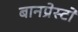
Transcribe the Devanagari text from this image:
बानप्रेस्टो